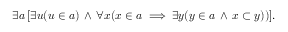
\exists a \, [ \exists u ( u \in a ) \, \land \, \forall x ( x \in a \implies \exists y ( y \in a \, \land \, x \subset y ) ) ] .